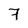
Character: 7